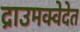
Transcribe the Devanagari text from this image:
द्राउमक्वेदेत